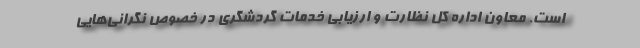
است. معاون اداره کل نظارت و ارزیابی خدمات گردشگری در خصوص نگرانی‌هایی